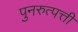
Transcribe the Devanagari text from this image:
पुनरुत्पत्ती